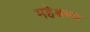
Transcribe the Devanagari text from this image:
महेश्वस्य